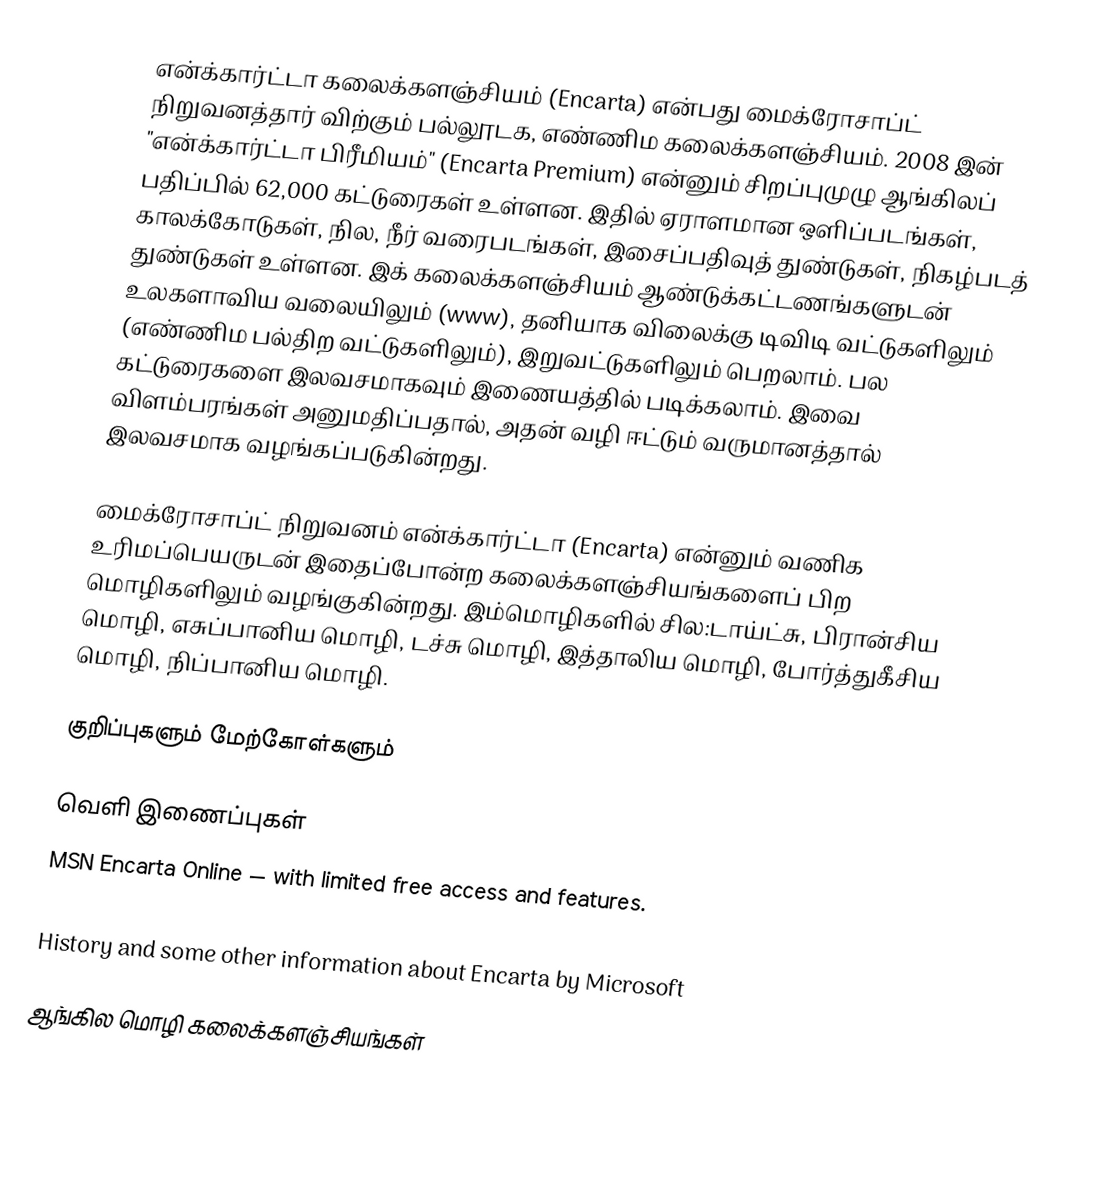
என்க்கார்ட்டா கலைக்களஞ்சியம் (Encarta) என்பது மைக்ரோசாப்ட் நிறுவனத்தார் விற்கும் பல்லூடக, எண்ணிம கலைக்களஞ்சியம். 2008 இன் "என்க்கார்ட்டா பிரீமியம்" (Encarta Premium) என்னும் சிறப்புமுழு ஆங்கிலப் பதிப்பில் 62,000 கட்டுரைகள் உள்ளன.  இதில் ஏராளமான ஒளிப்படங்கள், காலக்கோடுகள், நில, நீர் வரைபடங்கள், இசைப்பதிவுத் துண்டுகள், நிகழ்படத் துண்டுகள் உள்ளன. இக் கலைக்களஞ்சியம் ஆண்டுக்கட்டணங்களுடன் உலகளாவிய வலையிலும் (www), தனியாக விலைக்கு டிவிடி வட்டுகளிலும் (எண்ணிம பல்திற வட்டுகளிலும்), இறுவட்டுகளிலும் பெறலாம்.  பல கட்டுரைகளை இலவசமாகவும் இணையத்தில் படிக்கலாம். இவை விளம்பரங்கள் அனுமதிப்பதால், அதன் வழி ஈட்டும் வருமானத்தால் இலவசமாக வழங்கப்படுகின்றது.

மைக்ரோசாப்ட் நிறுவனம் என்க்கார்ட்டா (Encarta) என்னும் வணிக உரிமப்பெயருடன் இதைப்போன்ற கலைக்களஞ்சியங்களைப் பிற மொழிகளிலும் வழங்குகின்றது. இம்மொழிகளில் சில:டாய்ட்சு, பிரான்சிய மொழி, எசுப்பானிய மொழி, டச்சு மொழி, இத்தாலிய மொழி, போர்த்துகீசிய மொழி, நிப்பானிய மொழி.

குறிப்புகளும் மேற்கோள்களும்

வெளி இணைப்புகள்
 MSN Encarta Online  — with limited free access and features.
 Encarta products
 History and some other information about Encarta by Microsoft

ஆங்கில மொழி கலைக்களஞ்சியங்கள்